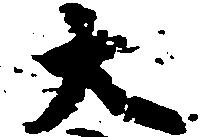
大